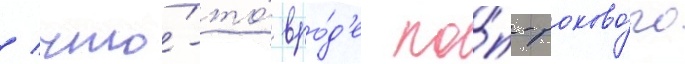
/ что́-то́ вро́д'е по́п-роково́го